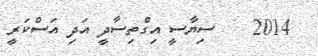
2014    ސިޔާސީ އިގްތިސާދީ އަދި އަސްކަރީ